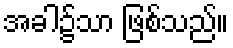
အခါ၌သာ ဖြစ်သည်။